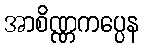
အာစိဏ္ဏကပ္ပေန